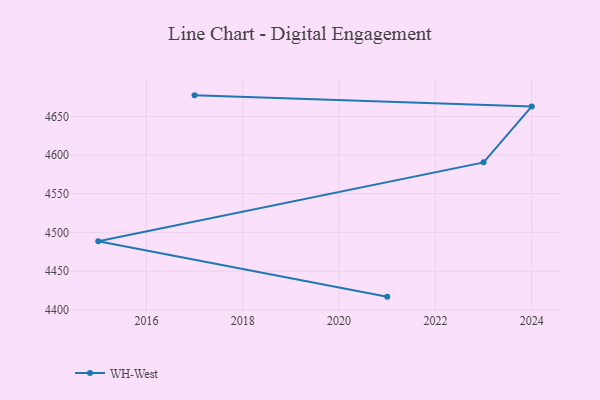
{"axis": {"x": "Year", "y": "Active Users"}, "legend": ["WH-West"], "data": [{"x": "2021", "y": 4416.9, "type": "WH-West"}, {"x": "2015", "y": 4488.7, "type": "WH-West"}, {"x": "2023", "y": 4590.6, "type": "WH-West"}, {"x": "2024", "y": 4663.0, "type": "WH-West"}, {"x": "2017", "y": 4677.3, "type": "WH-West"}]}